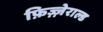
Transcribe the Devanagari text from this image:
फ़िज़्ज़ेराल्ड